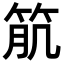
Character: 𥬾